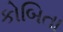
કોબિતા